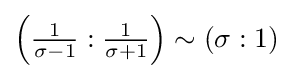
\left({\tfrac {1}{\sigma -1}}:{\tfrac {1}{\sigma +1}}\right)\sim (\sigma :1)